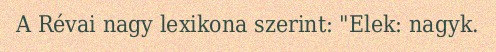
A Révai nagy lexikona szerint: "Elek: nagyk.